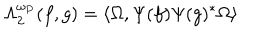
\Lambda _ { 2 } ^ { \omega _ { P } } ( f , g ) = \langle \Omega , \Psi ( f ) \Psi ( g ) ^ { \ast } \Omega \rangle